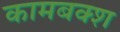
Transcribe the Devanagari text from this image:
कामबक्श